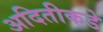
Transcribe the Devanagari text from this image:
अदितीकडे